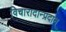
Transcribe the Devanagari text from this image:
विचारादान्प्रदान्